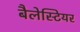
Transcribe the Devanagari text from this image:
बैलेस्टियर